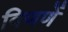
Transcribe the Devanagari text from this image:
विणणें